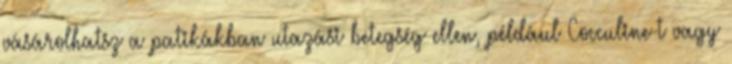
vásárolhatsz a patikákban utazási betegség ellen, például Cocculine-t vagy